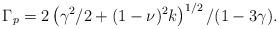
LaTeX: \begin{align*}\begin{aligned}&\Gamma_p=2\left(\gamma^2/2+(1-\nu)^2k\right)^{1/2}/(1-3\gamma).\end{aligned}\end{align*}